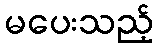
မပေးသည့်